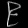
Digit: ၉